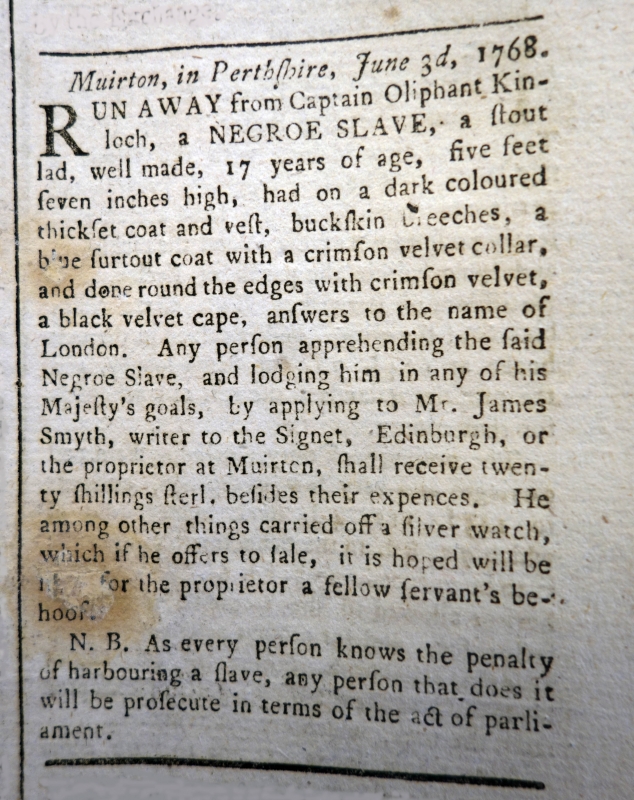
Edinburgh Advertiser, 7 June 1768 (Scotland)
Muirton, in Perthshire, June 3d, 1768.RUN AWAY from Captain Oliphant Kinloch, a NEGROE SLAVE, a stout lad, well made, 17 years of age, five feet seven inches high, had on a dark coloured thickset coat and vest, buckskin breeches, a blue surtout coat with a crimson velvet collar, and done round the edges with crimson velvet, a black velvet cape, answers to the name of London. Any person apprehending the said Negroe Slave, and lodging him in any of his Majesty’s goals, by applying to Mr. James Smyth, writer to the Signet, Edinburgh, or the proprietor at Muirton, shall receive twenty shillings sterl. besides their expences. He among other things, carried off a silver watch, which, if he offers to sale, it is hoped will be stopped for the proprietor a fellow-servant’s behoof.  N. B. As every person knows the penalty of harbouring a slave, any person that does it will be prosecute in terms of the act of parliament.